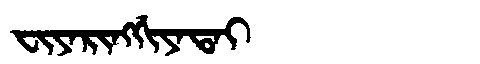
Manchu: ᠸᡳᠶᠠᡵᡳᠩᡤᡳᠶᠠᡨᠠᡳ
Romanization: FIYARINGGIYATAI